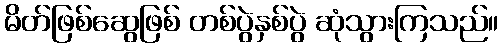
မိတ်ဖြစ်ဆွေဖြစ် တစ်ပွဲနှစ်ပွဲ ဆုံသွားကြသည်။